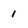
Character: 1